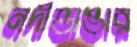
নদীভাঙার